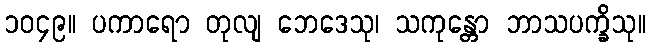
၁၀၄၉။ ပကာရော တုလျ ဘေဒေသု၊ သကုန္တော ဘာသပက္ခိသု။